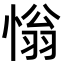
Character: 慃